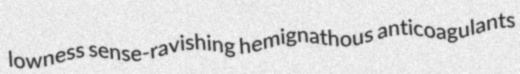
lowness sense-ravishing hemignathous anticoagulants